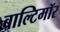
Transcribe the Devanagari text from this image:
बाल्टिमॉर